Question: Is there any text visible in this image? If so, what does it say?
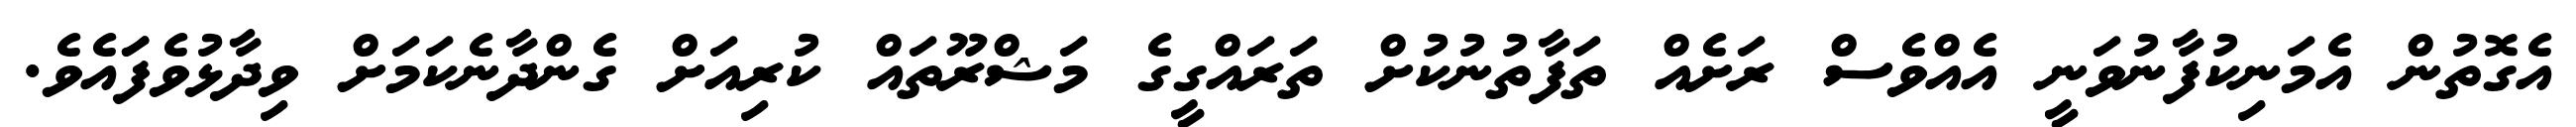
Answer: އެގޮތުން އެމަނިކުފާނުވަނީ އެއްވެސް ރަށެއް ތަފާތުނުކުށް ތަރައްގީގެ މަޝްރޫތައް ކުރިއަށް ގެންދާނެކަމަށް ވިދާޅުވެފަައެވެ.